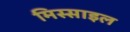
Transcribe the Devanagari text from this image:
मिस्साइल